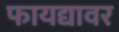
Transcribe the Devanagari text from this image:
फायद्यावर